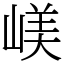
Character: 嵄